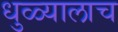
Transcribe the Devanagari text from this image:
धुळ्यालाच